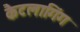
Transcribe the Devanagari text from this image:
कैटलागिंग